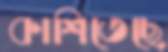
কাশিতেছে